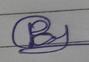
Signature authenticity: forged